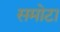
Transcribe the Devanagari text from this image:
समोटा